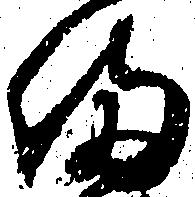
備